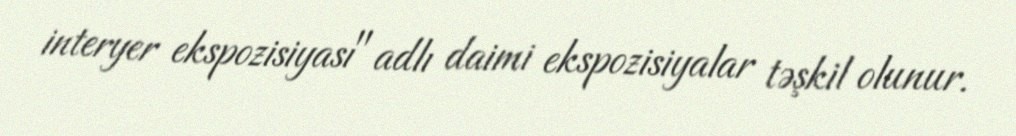
interyer ekspozisiyası" adlı daimi ekspozisiyalar təşkil olunur.